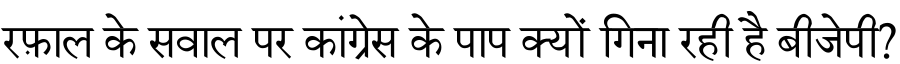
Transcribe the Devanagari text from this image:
रफ़ाल के सवाल पर कांग्रेस के पाप क्यों गिना रही है बीजेपी?